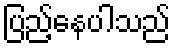
ပြည့်နေပါသည်